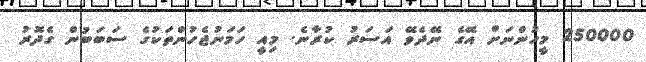
250000 މީހުންނަށް އޭގެ ނޭދެވޭ އަސަރު ކުރާނެ. މިއީ ހަމަނުޖެހުންތަކުގެ ސަބަބުން ގެދޮރު